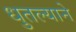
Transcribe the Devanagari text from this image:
धुतल्याने